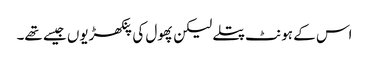
اس کے ہونٹ پتلے لیکن پھول کی پنکھڑیوں جیسے تھے۔